Indian journal of veterinary science and animal husbandry - Volume 2,
Year: 1932
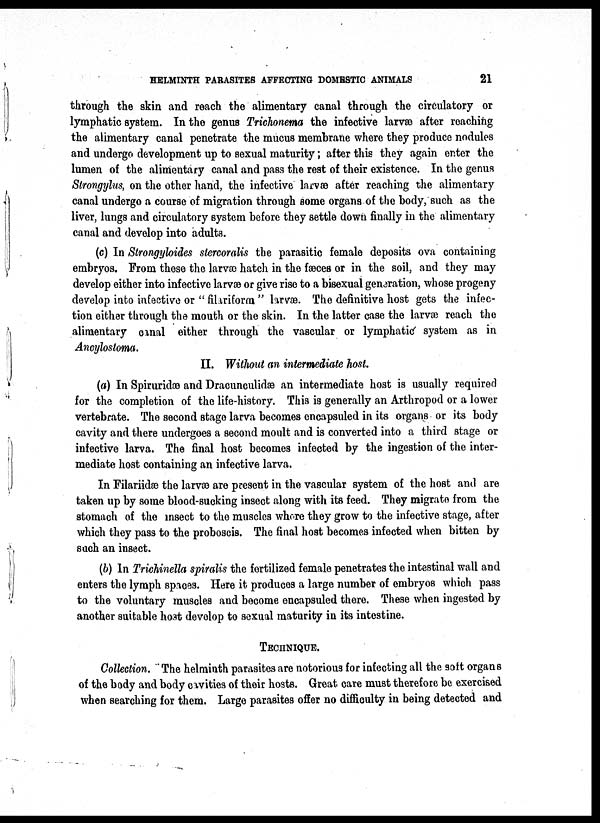
HELMINTH PARASITES AFFECTING DOMESTIC ANIMALS
21
through the skin and reach the alimentary canal through the circulatory or
lymphatic system. In the genus Trichonema the infective larvæ after reaching
the alimentary canal penetrate the mucus membrane where they produce nodules
and undergo development up to sexual maturity; after this they again enter the
lumen of the alimentary canal and pass the rest of their existence. In the genus
Strongylus, on the other hand, the infective larvæ after reaching the alimentary
canal undergo a course of migration through some organs of the body, such as the
liver, lungs and circulatory system before they settle down finally in the alimentary
canal and develop into adults.
(c) In Strongyloides stercoralis the parasitic female deposits ova containing
embryos. From these the larvæ hatch in the fæces or in the soil, and they may
develop either into infective larvæ or give rise to a bisexual generation, whose progeny
develop into infective or " filariform " larvæ. The definitive host gets the infec-
tion either through the mouth or the skin. In the latter case the larvæ reach the
alimentary canal either through the vascular or lymphatic system as in
Ancylostoma.
II. Without an intermediate host.
(a) In Spiruridæ and Dracunculidæ an intermediate host is usually required
for the completion of the life-history. This is generally an Arthropod or a lower
vertebrate. The second stage larva becomes encapsuled in its organs or its body
cavity and there undergoes a second moult and is converted into a third stage or
infective larva. The final host becomes infected by the ingestion of the inter-
mediate host containing an infective larva.
In Filariidæ the larvæ are present in the vascular system of the host and are
taken up by some blood-sucking insect along with its feed. They migrate from the
stomach of the insect to the muscles where they grow to the infective stage, after
which they pass to the proboscis. The final host becomes infected when bitten by
such an insect.
(b) In Trichinella spiralis the fertilized female penetrates the intestinal wall and
enters the lymph spaces. Here it produces a large number of embryos which pass
to the voluntary muscles and become encapsuled there. These when ingested by
another suitable host develop to sexual maturity in its intestine.
TECHNIQUE.
Collection. The helminth parasites are notorious for infecting all the soft organs
of the body and body cavities of their hosts. Great, care must therefore be exercised
when searching for them. Large parasites offer no difficulty in being detected and